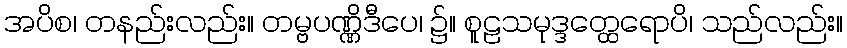
အပိစ၊ တနည်းလည်း။ တမ္ဗပဏ္ဏိဒီပေ၊ ၌။ စူဠသမုဒ္ဒတ္ထေရောပိ၊ သည်လည်း။